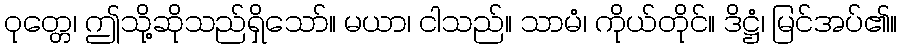
ဝုတ္တေ၊ ဤသို့ဆိုသည်ရှိသော်။ မယာ၊ ငါသည်။ သာမံ၊ ကိုယ်တိုင်။ ဒိဋ္ဌံ၊ မြင်အပ်၏။